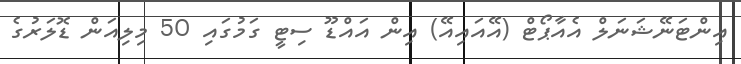
އިންޓަނޭޝަނަލް އެއާޕޯޓް (އޭއައިއޭ) އިން އައްޑޫ ސިޓީ ގަމުގައި 50 މިލިއަން ޑޮލަރުގެ